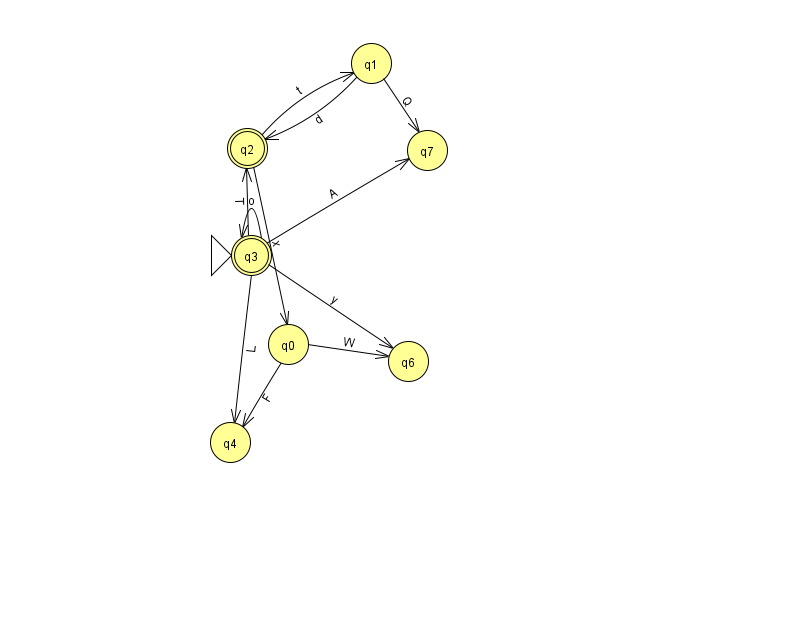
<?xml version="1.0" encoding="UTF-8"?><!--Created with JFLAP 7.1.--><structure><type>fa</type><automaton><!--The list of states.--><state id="0" name="q0"><x>288.0</x><y>331.0</y></state><state id="1" name="q1"><x>371.0</x><y>50.0</y></state><state id="2" name="q2"><x>247.0</x><y>135.0</y><final/></state><state id="3" name="q3"><x>251.0</x><y>242.0</y><initial/><final/></state><state id="4" name="q4"><x>230.0</x><y>429.0</y></state><state id="6" name="q6"><x>408.0</x><y>348.0</y></state><state id="7" name="q7"><x>427.0</x><y>137.0</y></state><!--The list of transitions.--><transition><from>0</from><to>6</to><read>W</read></transition><transition><from>3</from><to>2</to><read>T</read></transition><transition><from>3</from><to>4</to><read>L</read></transition><transition><from>1</from><to>7</to><read>Q</read></transition><transition><from>2</from><to>0</to><read>x</read></transition><transition><from>0</from><to>4</to><read>F</read></transition><transition><from>3</from><to>6</to><read>y</read></transition><transition><from>3</from><to>7</to><read>A</read></transition><transition><from>1</from><to>2</to><read>d</read></transition><transition><from>2</from><to>1</to><read>t</read></transition><transition><from>3</from><to>3</to><read>o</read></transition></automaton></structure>